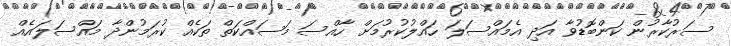
ސަރުކާރުން ކަންބޮޑުވާ އަދި އެމައްސަލަ ހައްލުކުރުމަށް ހާއްސަ މަސައްކަތް ތަކެއް ކުރަމުންދާ މައްސަލައެއް